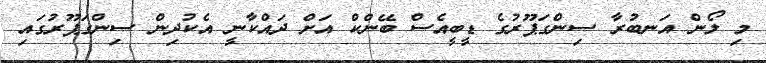
މި ލޯން އަނބުރާ ސިންގަޕޫރުގެ ޑީބީއެސް ބޭންކް އަށް ދައްކާނީ އެކުދިން ސިންގަޕޫރުގައި